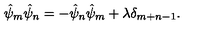
\hat { \psi } _ { m } \hat { \psi } _ { n } = - \hat { \psi } _ { n } \hat { \psi } _ { m } + \lambda \delta _ { m + n - 1 } .